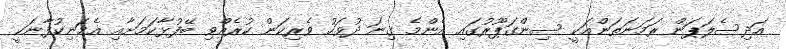
އަދިސެލަޕަން ރަމަނަތަންއަކީ ސިންގަޕޫރުގައި އެންމެ ގިނަ ދުވަހު ވެރިކަން ކުރެއްވި ބޭފުޅާކަމަށާއި އެމަނިކުފާނަކީ